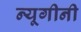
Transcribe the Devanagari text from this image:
न्यूगीनी